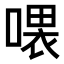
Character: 𠼊